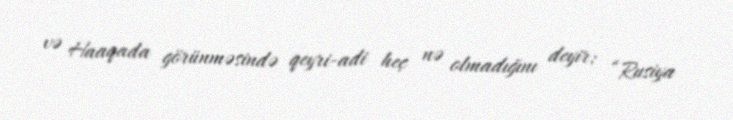
və Haaqada görünməsində qeyri-adi heç nə olmadığını deyir: “Rusiya